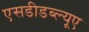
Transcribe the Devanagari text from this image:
एसडीडब्ल्यूए